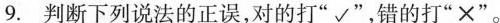
9.判断下列说法的正误，对的打”√”，错的打”×”。